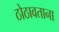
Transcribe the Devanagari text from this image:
ठोठावताना